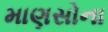
માણસોના